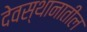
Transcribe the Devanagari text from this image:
देवस्थानातील